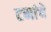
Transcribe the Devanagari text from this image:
टनांचे